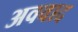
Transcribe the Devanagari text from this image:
अववाद